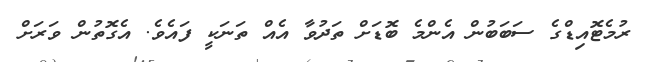
ރުމެޓޮއިޑްގެ ސަބަބުން އެންމެ ބޮޑަށް ތަދުވާ އެއް ތަނަކީ ފައެވެ. އެގޮތުން ވަރަށް